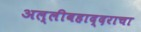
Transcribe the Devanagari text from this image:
अल्लीबहाद्दराचा